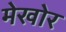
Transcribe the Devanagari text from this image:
मेखोर